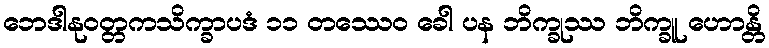
ဘေဒါနုဝတ္တကသိက္ခာပဒံ ၁၁ တဿေဝ ခေါ ပန ဘိက္ခုဿ ဘိက္ခူ ဟောန္တိ